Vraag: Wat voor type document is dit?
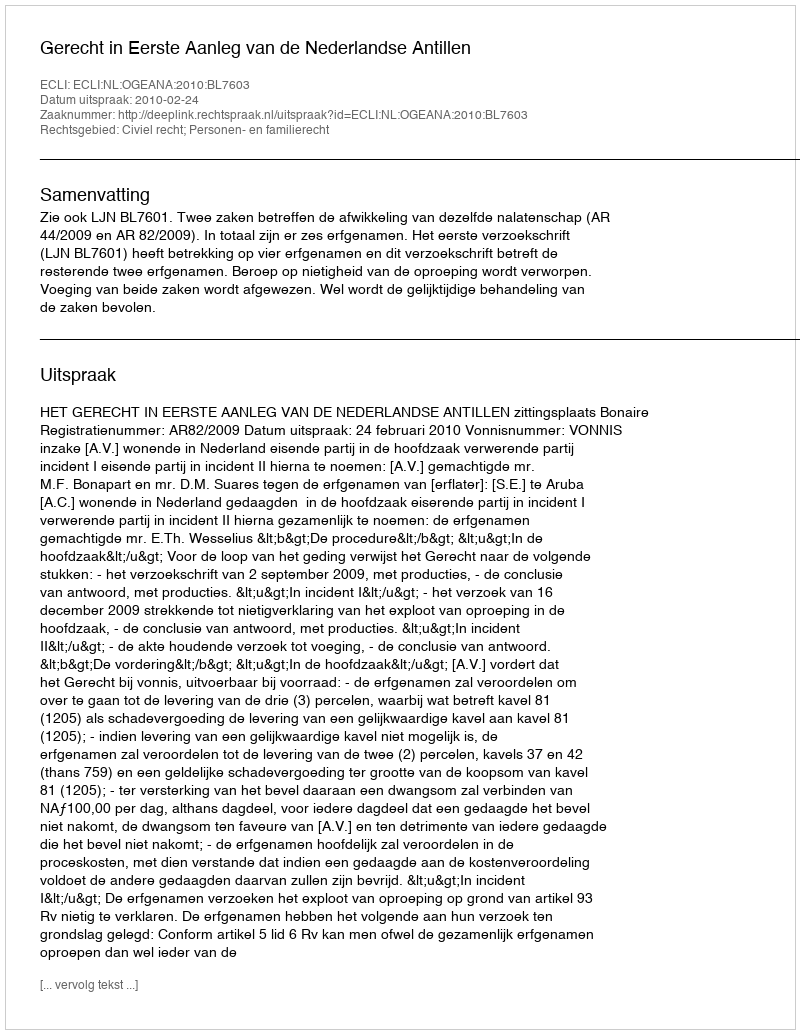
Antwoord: Uitspraak